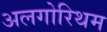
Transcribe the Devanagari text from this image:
अलगोरिथम